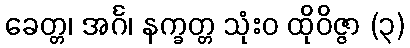
ခေတ္တ၊ အင်္ဂ၊ နက္ခတ္တ သုံးဝ ထိုဝိဇ္ဇာ (၃)